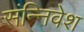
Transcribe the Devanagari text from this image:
संन्निवेश